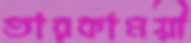
তারকাময়ী